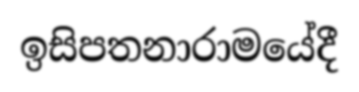
ඉසිපතනාරාමයේදී